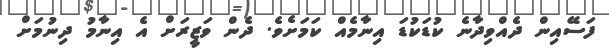
ފަސޭއިން ދެއްވިދާނެ ކުޑަކުޑަ އިނާމެއް ކަމަށެވެ. ދެން ވަޒީރަށް އެ އިނާމު ދިނުމަށް